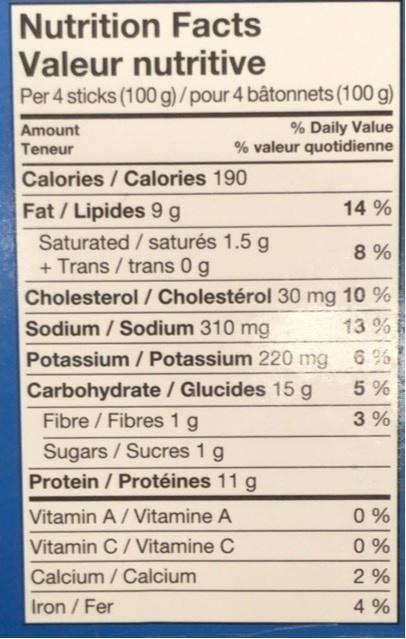
Nutrition Facts Valeur nutritive Per 4 sticks (100 g)/pour 4 bâtonnets (100 g)
% Daily Value % valeur quotidienne
Amount
Teneur
Calories/Calories 190
Fat / Lipides 9 g
14 %
Saturated /saturés 1.5 g + Trans / trans 0 g
8 %
Cholesterol / Cholestérol 30 mg 10 % 13 %
Sodium / Sodium 310 mg
Potassium / Potassium 220 mg 6 %
Carbohydrate / Glucides 15 g Fibre / Fibres 1 g
5 %
3 %
Sugars /Sucres 1 g
Protein / Protéines 11 g
0 % 0 %
Vitamin A/ Vitamine A
Vitamin C/Vitamine C
Calcium / Calcium
2 %
Iron / Fer
4 %